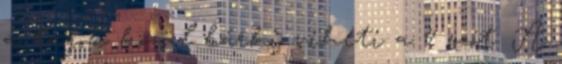
a tagok közül bárki viheti a 4 szót. A